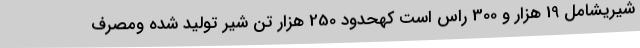
شیریشامل 19 هزار و 300 راس است کهحدود 250 هزار تن شیر تولید شده ومصرف